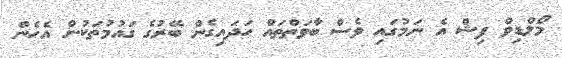
މޯލްޑިވް ފިޝް އެ ނަމުގައި ވެސް ބާވަތްތައް ހަދައިގެން ބޭރުގެ ގައުމުތަކުން އެހެން